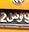
توذن